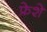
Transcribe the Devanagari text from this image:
फ्रेशे